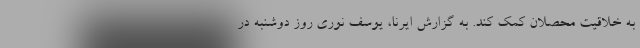
به خلاقیت محصلان کمک کند. به گزارش ایرنا، یوسف نوری روز دوشنبه در